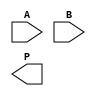
module WallaceTreeMultiplier #(parameter N = 4) (
    input  [N-1:0] A,
    input  [N-1:0] B,
    output reg [2*N-1:0] P
);
    // Partial product generation
    wire [N-1:0] pp [N-1:0]; // Partial products

    genvar i, j;
    generate
        for (i = 0; i < N; i = i + 1) begin : partial_product_gen
            assign pp[i] = A & {N{B[i]}};
        end
    endgenerate

    // Wallace Tree Reduction
    wire [N-1:0] sum [N-1:0]; // Sums at each stage
    wire [N-1:0] carry [N-1:0]; // Carries at each stage

    // Initial stage: direct assignment of partial products
    assign sum[0] = pp[0];
    assign carry[0] = 0;

    // Reduction stages
    generate
        for (i = 0; i < N; i = i + 1) begin : reduction_stage
            if (i > 0) begin
                wire [N-1:0] a, b, c;
                assign a = sum[i-1];
                assign b = (i < N) ? pp[i] : 0; // Only add if within bounds
                assign c = (i < N) ? pp[i+1] : 0; // Next partial product

                // Full adder for three inputs
                wire [N:0] full_adder_sum;
                wire [N:0] full_adder_carry;

                assign full_adder_sum = a + b + c;
                assign full_adder_carry = {1'b0, a[N-1]} + {1'b0, b[N-1]} + {1'b0, c[N-1]};

                assign sum[i] = full_adder_sum[N-1:0];
                assign carry[i] = full_adder_carry[N-1:0];
            end
        end
    endgenerate

    // Final addition stage
    wire [2*N-1:0] final_sum;
    wire [2*N-1:0] final_carry;

    assign final_sum = {1'b0, sum[N-1]} + {1'b0, carry[N-1]};

    always @(*) begin
        P = final_sum;
    end
endmodule